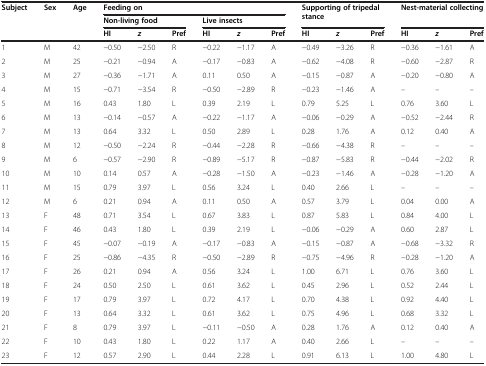
<table><thead><tr><td><b>Subject</b></td><td><b>Sex</b></td><td><b>Age</b></td><td colspan="6"><b>Feeding on</b></td><td colspan="3"><b>Supporting of tripedal stance</b></td><td colspan="3"><b>Nest-material collecting</b></td></tr><tr><td><b> </b></td><td><b> </b></td><td><b> </b></td><td colspan="3"><b>Non-living food</b></td><td colspan="3"><b>Live insects</b></td><td><b> </b></td><td><b> </b></td><td><b> </b></td><td><b> </b></td><td><b> </b></td><td><b> </b></td></tr><tr><td><b> </b></td><td><b> </b></td><td><b> </b></td><td><b>HI</b></td><td><b><i>z</i></b></td><td><b>Pref</b></td><td><b>HI</b></td><td><b><i>z</i></b></td><td><b>Pref</b></td><td><b>HI</b></td><td><b><i>z</i></b></td><td><b>Pref</b></td><td><b>HI</b></td><td><b><i>z</i></b></td><td><b>Pref</b></td></tr></thead><tbody><tr><td>1</td><td>M</td><td>42</td><td>−0.50</td><td>−2.50</td><td>R</td><td>−0.22</td><td>−1.17</td><td>A</td><td>−0.49</td><td>−3.26</td><td>R</td><td>−0.36</td><td>−1.61</td><td>A</td></tr><tr><td>2</td><td>M</td><td>25</td><td>−0.21</td><td>−0.94</td><td>A</td><td>−0.17</td><td>−0.83</td><td>A</td><td>−0.62</td><td>−4.08</td><td>R</td><td>−0.60</td><td>−2.87</td><td>R</td></tr><tr><td>3</td><td>M</td><td>27</td><td>−0.36</td><td>−1.71</td><td>A</td><td>0.11</td><td>0.50</td><td>A</td><td>−0.15</td><td>−0.87</td><td>A</td><td>−0.20</td><td>−0.80</td><td>A</td></tr><tr><td>4</td><td>M</td><td>15</td><td>−0.71</td><td>−3.54</td><td>R</td><td>−0.50</td><td>−2.89</td><td>R</td><td>−0.23</td><td>−1.46</td><td>A</td><td>–</td><td>–</td><td>–</td></tr><tr><td>5</td><td>M</td><td>16</td><td>0.43</td><td>1.80</td><td>L</td><td>0.39</td><td>2.19</td><td>L</td><td>0.79</td><td>5.25</td><td>L</td><td>0.76</td><td>3.60</td><td>L</td></tr><tr><td>6</td><td>M</td><td>13</td><td>−0.14</td><td>−0.57</td><td>A</td><td>−0.22</td><td>−1.17</td><td>A</td><td>−0.06</td><td>−0.29</td><td>A</td><td>−0.52</td><td>−2.44</td><td>R</td></tr><tr><td>7</td><td>M</td><td>13</td><td>0.64</td><td>3.32</td><td>L</td><td>0.50</td><td>2.89</td><td>L</td><td>0.28</td><td>1.76</td><td>A</td><td>0.12</td><td>0.40</td><td>A</td></tr><tr><td>8</td><td>M</td><td>12</td><td>−0.50</td><td>−2.24</td><td>R</td><td>−0.44</td><td>−2.28</td><td>R</td><td>−0.66</td><td>−4.38</td><td>R</td><td>–</td><td>–</td><td>–</td></tr><tr><td>9</td><td>M</td><td>6</td><td>−0.57</td><td>−2.90</td><td>R</td><td>−0.89</td><td>−5.17</td><td>R</td><td>−0.87</td><td>−5.83</td><td>R</td><td>−0.44</td><td>−2.02</td><td>R</td></tr><tr><td>10</td><td>M</td><td>10</td><td>0.14</td><td>0.57</td><td>A</td><td>−0.28</td><td>−1.50</td><td>A</td><td>−0.23</td><td>−1.46</td><td>A</td><td>−0.28</td><td>−1.20</td><td>A</td></tr><tr><td>11</td><td>M</td><td>15</td><td>0.79</td><td>3.97</td><td>L</td><td>0.56</td><td>3.24</td><td>L</td><td>0.40</td><td>2.66</td><td>L</td><td>–</td><td>–</td><td>–</td></tr><tr><td>12</td><td>M</td><td>6</td><td>0.21</td><td>0.94</td><td>A</td><td>0.11</td><td>0.50</td><td>A</td><td>0.57</td><td>3.79</td><td>L</td><td>0.04</td><td>0.00</td><td>A</td></tr><tr><td>13</td><td>F</td><td>48</td><td>0.71</td><td>3.54</td><td>L</td><td>0.67</td><td>3.83</td><td>L</td><td>0.87</td><td>5.83</td><td>L</td><td>0.84</td><td>4.00</td><td>L</td></tr><tr><td>14</td><td>F</td><td>46</td><td>0.43</td><td>1.80</td><td>L</td><td>0.39</td><td>2.19</td><td>L</td><td>−0.06</td><td>−0.29</td><td>A</td><td>0.60</td><td>2.87</td><td>L</td></tr><tr><td>15</td><td>F</td><td>45</td><td>−0.07</td><td>−0.19</td><td>A</td><td>−0.17</td><td>−0.83</td><td>A</td><td>−0.15</td><td>−0.87</td><td>A</td><td>−0.68</td><td>−3.32</td><td>R</td></tr><tr><td>16</td><td>F</td><td>25</td><td>−0.86</td><td>−4.35</td><td>R</td><td>−0.50</td><td>−2.89</td><td>R</td><td>−0.75</td><td>−4.96</td><td>R</td><td>−0.28</td><td>−1.20</td><td>A</td></tr><tr><td>17</td><td>F</td><td>26</td><td>0.21</td><td>0.94</td><td>A</td><td>0.56</td><td>3.24</td><td>L</td><td>1.00</td><td>6.71</td><td>L</td><td>0.76</td><td>3.60</td><td>L</td></tr><tr><td>18</td><td>F</td><td>24</td><td>0.50</td><td>2.50</td><td>L</td><td>0.61</td><td>3.62</td><td>L</td><td>0.45</td><td>2.96</td><td>L</td><td>0.52</td><td>2.44</td><td>L</td></tr><tr><td>19</td><td>F</td><td>17</td><td>0.79</td><td>3.97</td><td>L</td><td>0.72</td><td>4.17</td><td>L</td><td>0.70</td><td>4.38</td><td>L</td><td>0.92</td><td>4.40</td><td>L</td></tr><tr><td>20</td><td>F</td><td>13</td><td>0.64</td><td>3.32</td><td>L</td><td>0.61</td><td>3.62</td><td>L</td><td>0.75</td><td>4.96</td><td>L</td><td>0.68</td><td>3.32</td><td>L</td></tr><tr><td>21</td><td>F</td><td>8</td><td>0.79</td><td>3.97</td><td>L</td><td>−0.11</td><td>−0.50</td><td>A</td><td>0.28</td><td>1.76</td><td>A</td><td>0.12</td><td>0.40</td><td>A</td></tr><tr><td>22</td><td>F</td><td>10</td><td>0.43</td><td>1.80</td><td>L</td><td>0.22</td><td>1.17</td><td>A</td><td>0.40</td><td>2.66</td><td>L</td><td>–</td><td>–</td><td>–</td></tr><tr><td>23</td><td>F</td><td>12</td><td>0.57</td><td>2.90</td><td>L</td><td>0.44</td><td>2.28</td><td>L</td><td>0.91</td><td>6.13</td><td>L</td><td>1.00</td><td>4.80</td><td>L</td></tr></tbody></table>